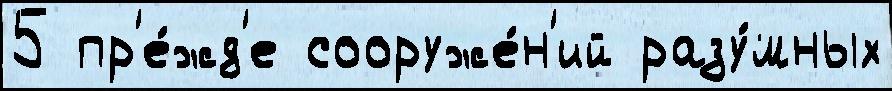
5 пр'е́жд'е сооруже́н'ий разу́мных